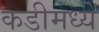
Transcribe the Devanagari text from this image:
कडीमध्ये